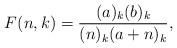
LaTeX: \begin{align*}F(n, k) = \frac{(a)_k (b)_k}{(n)_k (a+n)_k}, \end{align*}